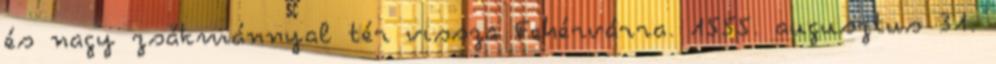
és nagy zsákmánnyal tér vissza Fehérvárra. 1555. augusztus 31.